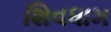
શિવધામ